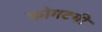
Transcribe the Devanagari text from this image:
फोगटची